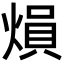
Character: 熉